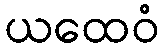
ယထေဝံ